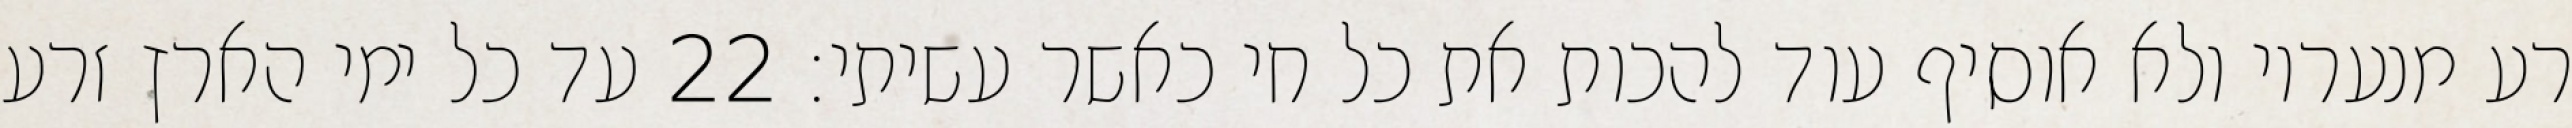
רע מנעריו ולא אוסיף עוד להכות את כל חי כאשר עשיתי׃ ‎22‏ עד כל ימי הארץ זרע